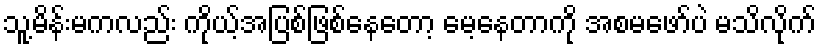
သူ့မိန်းမကလည်း ကိုယ့်အပြစ်ဖြစ်နေတော့ မေ့နေတာကို အစမဖော်ပဲ မသိလိုက်